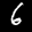
Label: 6